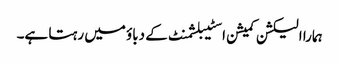
ہمارا الیکشن کمیشن اسٹیبلشمنٹ کے دباؤ میں رہتا ہے۔